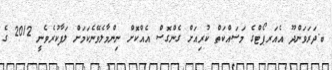
ބ.ދަރަވަންދޫ އެއަރޕޯޓްގެ މަސައްކަތް ކުރިއަށް ގެންގޮސް އެއްކޮށް ނިންމާލެވޭނެކަމަށް ލަފާކުރެވެނީ 2012 ގެ